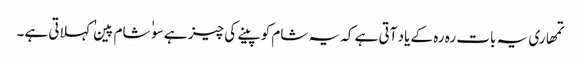
تمھاری یہ بات رہ رہ کے یاد آتی ہے کہ یہ شام کو پینے کی چیز ہے سو ٰ ٰ شام پین ٰ ٰ کہلاتی ہے۔